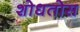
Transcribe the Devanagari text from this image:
शोधतोस